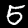
Label: 5